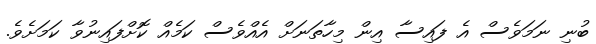
ބުނި ނަމަވެސް އެ ފައިސާ އިން މިހާތަނަށް އެއްވެސް ކަމެއް ކޮށްފައިނުވާ ކަމަށެވެ.